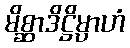
မိစ္ဆာဒိဋ္ဌိမ္ပာဟံ